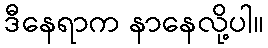
ဒီနေရာက နာနေလို့ပါ။